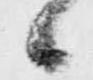
候